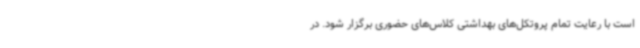
است با رعایت تمام پروتکل‌های بهداشتی کلاس‌های حضوری برگزار شود. در